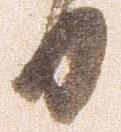
日